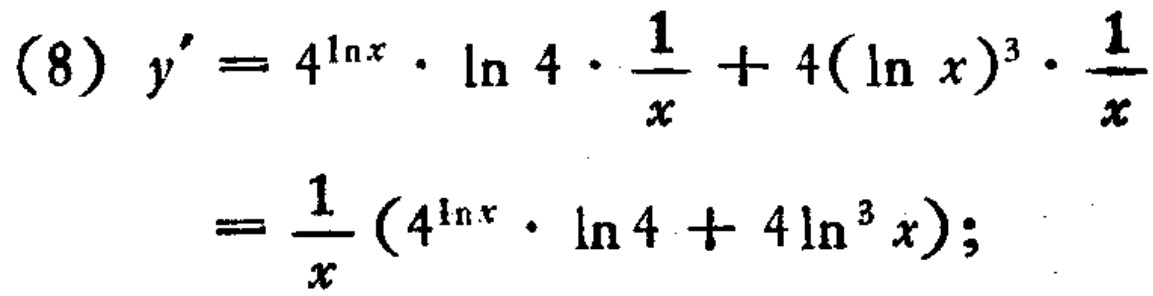
\[
\begin{align*}
(8)\ y'&=4^{\ln x}\cdot\ln 4\cdot\frac{1}{x}+4(\ln x)^{3}\cdot\frac{1}{x}\\
&=\frac{1}{x}(4^{\ln x}\cdot\ln 4 + 4\ln^{3}x);
\end{align*}
\]